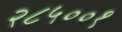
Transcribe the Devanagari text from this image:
२८५००१